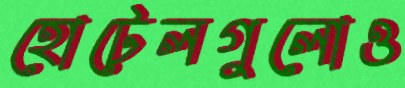
হোটেলগুলোও